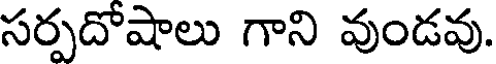
సర్పదోషాలు గాని వుండవు.